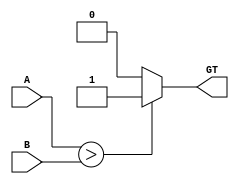
`timescale 1ns / 1ps
//////////////////////////////////////////////////////////////////////////////////
// Company: 
// Engineer: 
// 
// Design Name: 
// Module Name: Mag_Comp
// Project Name: 
// Target Devices: 
// Tool Versions: 
// Description: 
// 
// Dependencies: 
// 
// Revision:
// Revision 0.01 - File Created
// Additional Comments:
// 
//////////////////////////////////////////////////////////////////////////////////


module CMP_GT #(parameter Data_Width = 4)(
    input [Data_Width - 1:0] A, B,
    output reg GT);
    
    always @ (A or B)
        begin
        
           // GT = (A > B) ? 1'b1 : 1'b0;
            GT <= 1'b0;
            
            if (A > B)
                GT <= 1'b1;
        end

endmodule